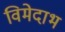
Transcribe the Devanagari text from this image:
विमेदाभ